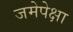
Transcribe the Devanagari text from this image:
जमेपेक्षा